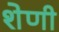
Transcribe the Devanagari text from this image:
शेणी